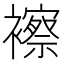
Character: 𧞍